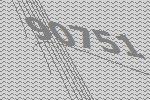
90751